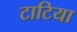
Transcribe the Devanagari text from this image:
टाटिया